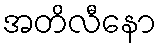
အတိလီနော